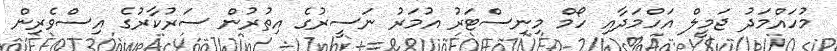
މުހައްމަދު ޖަމީލް އަހްމަދާއި ހޯމް މިނިސްޓަރު އުމަރު ނަސީރުގެ އިތުރުން ސަރުކާރުގެ އިސްވެރިން